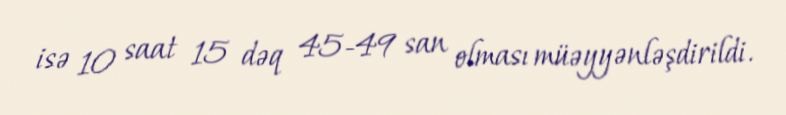
isə 10 saat 15 dəq 45-49 san olması müəyyənləşdirildi.